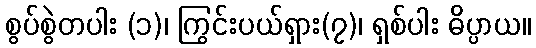
စွပ်စွဲတပါး (၁)၊ ကြွင်းပယ်ရှား(၇)၊ ရှစ်ပါး ဓိပ္ပာယ။